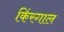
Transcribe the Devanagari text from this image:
किंरगाल